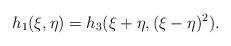
LaTeX: \begin{align*}h_1(\xi,\eta) = h_3(\xi+\eta,(\xi-\eta)^2).\end{align*}